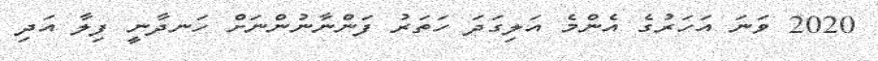
2020 ވަނަ އަހަރުގެ އެންމެ އަލިގަދަ ހަތަރު ފަންނާނުންނަށް ހަނދާނީ ފިލާ އަދި